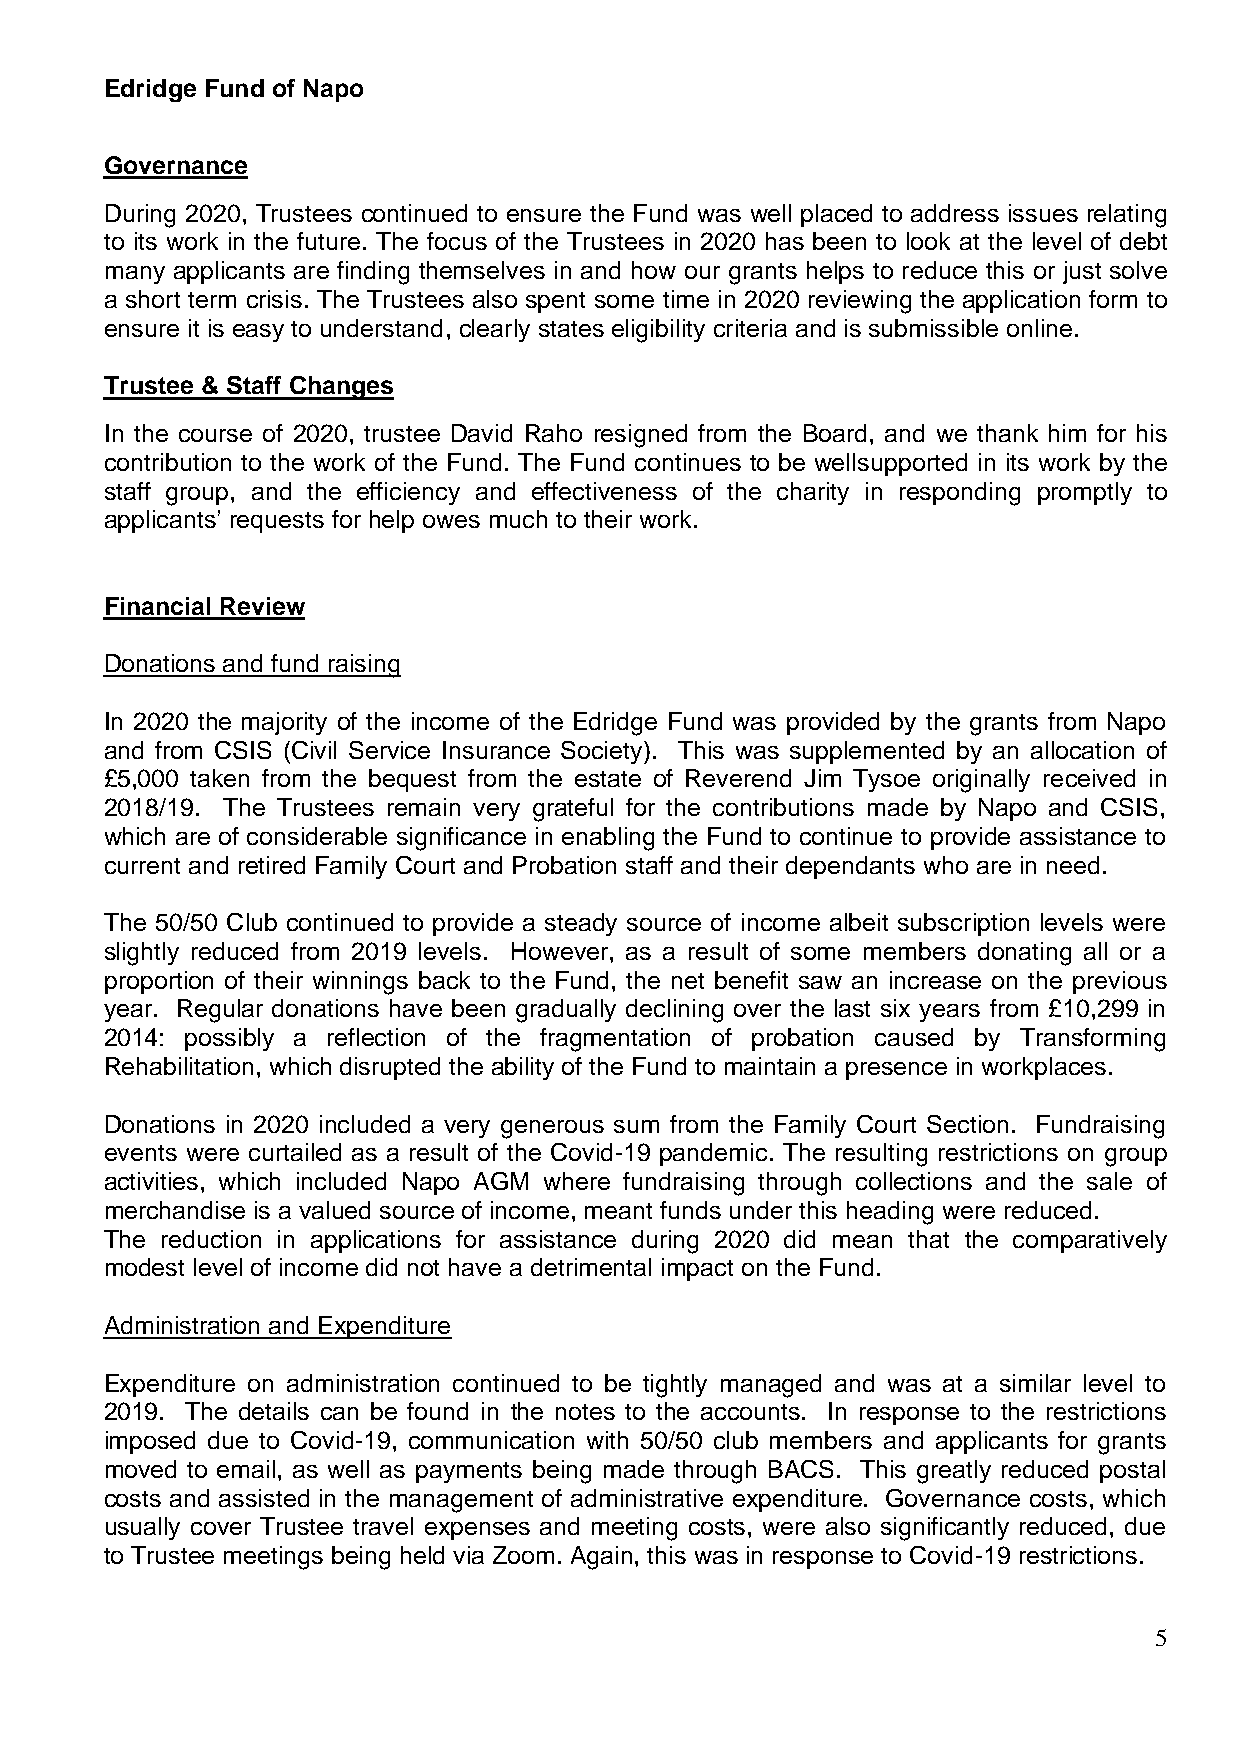
Edridge Fund of Napo
 Governance
 During 2020, Trustees continued to ensure the Fund was well placed to address issues relating
 to its work in the future. The focus of the Trustees in 2020 has been to look at the level of debt
 many applicants are finding themselves in and how our grants helps to reduce this or just solve
 a short term crisis. The Trustees also spent some time in 2020 reviewing the application form to
 ensure it is easy to understand, clearly states eligibility criteria and is submissible online.
 Trustee & Staff Changes
 In the course of 2020, trustee David Raho resigned from the Board, and we thank him for his
 contribution to the work of the Fund. The Fund continues to be wellsupported in its work by the
 staff group, and the efficiency and effectiveness of the charity in responding promptly to
 applicants’ requests for help owes much to their work.
 Financial Review
 Donations and fund raising
 In 2020 the majority of the income of the Edridge Fund was provided by the grants from Napo
 and from CSIS (Civil Service Insurance Society). This was supplemented by an allocation of
 £5,000 taken from the bequest from the estate of Reverend Jim Tysoe originally received in
 2018/19. The Trustees remain very grateful for the contributions made by Napo and CSIS,
 which are of considerable significance in enabling the Fund to continue to provide assistance to
 current and retired Family Court and Probation staff and their dependants who are in need.
 The 50/50 Club continued to provide a steady source of income albeit subscription levels were
 slightly reduced from 2019 levels. However, as a result of some members donating all or a
 proportion of their winnings back to the Fund, the net benefit saw an increase on the previous
 year. Regular donations have been gradually declining over the last six years from £10,299 in
 2014: possibly a reflection of the fragmentation of probation caused by Transforming
 Rehabilitation, which disrupted the ability of the Fund to maintain a presence in workplaces.
 Donations in 2020 included a very generous sum from the Family Court Section. Fundraising
 events were curtailed as a result of the Covid-19 pandemic. The resulting restrictions on group
 activities, which included Napo AGM where fundraising through collections and the sale of
 merchandise is a valued source of income, meant funds under this heading were reduced.
 The reduction in applications for assistance during 2020 did mean that the comparatively
 modest level of income did not have a detrimental impact on the Fund.
 Administration and Expenditure
 Expenditure on administration continued to be tightly managed and was at a similar level to
 2019. The details can be found in the notes to the accounts. In response to the restrictions
 imposed due to Covid-19, communication with 50/50 club members and applicants for grants
 moved to email, as well as payments being made through BACS. This greatly reduced postal
 costs and assisted in the management of administrative expenditure. Governance costs, which
 usually cover Trustee travel expenses and meeting costs, were also significantly reduced, due
 to Trustee meetings being held via Zoom. Again, this was in response to Covid-19 restrictions.
 5